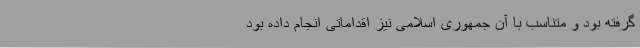
گرفته بود و متناسب با آن جمهوری اسلامی نیز اقداماتی انجام داده بود